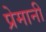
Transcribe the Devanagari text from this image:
प्रेमानी